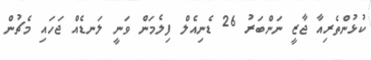
ކުޅުންތެރިއާ ޖާޒީ ނަންބަރު 26 ޑެނިއެލް ފިލެމަން ވަނީ ލަނޑެއް ޖަހައި މެޗުން